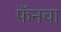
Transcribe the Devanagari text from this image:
फॅनचा